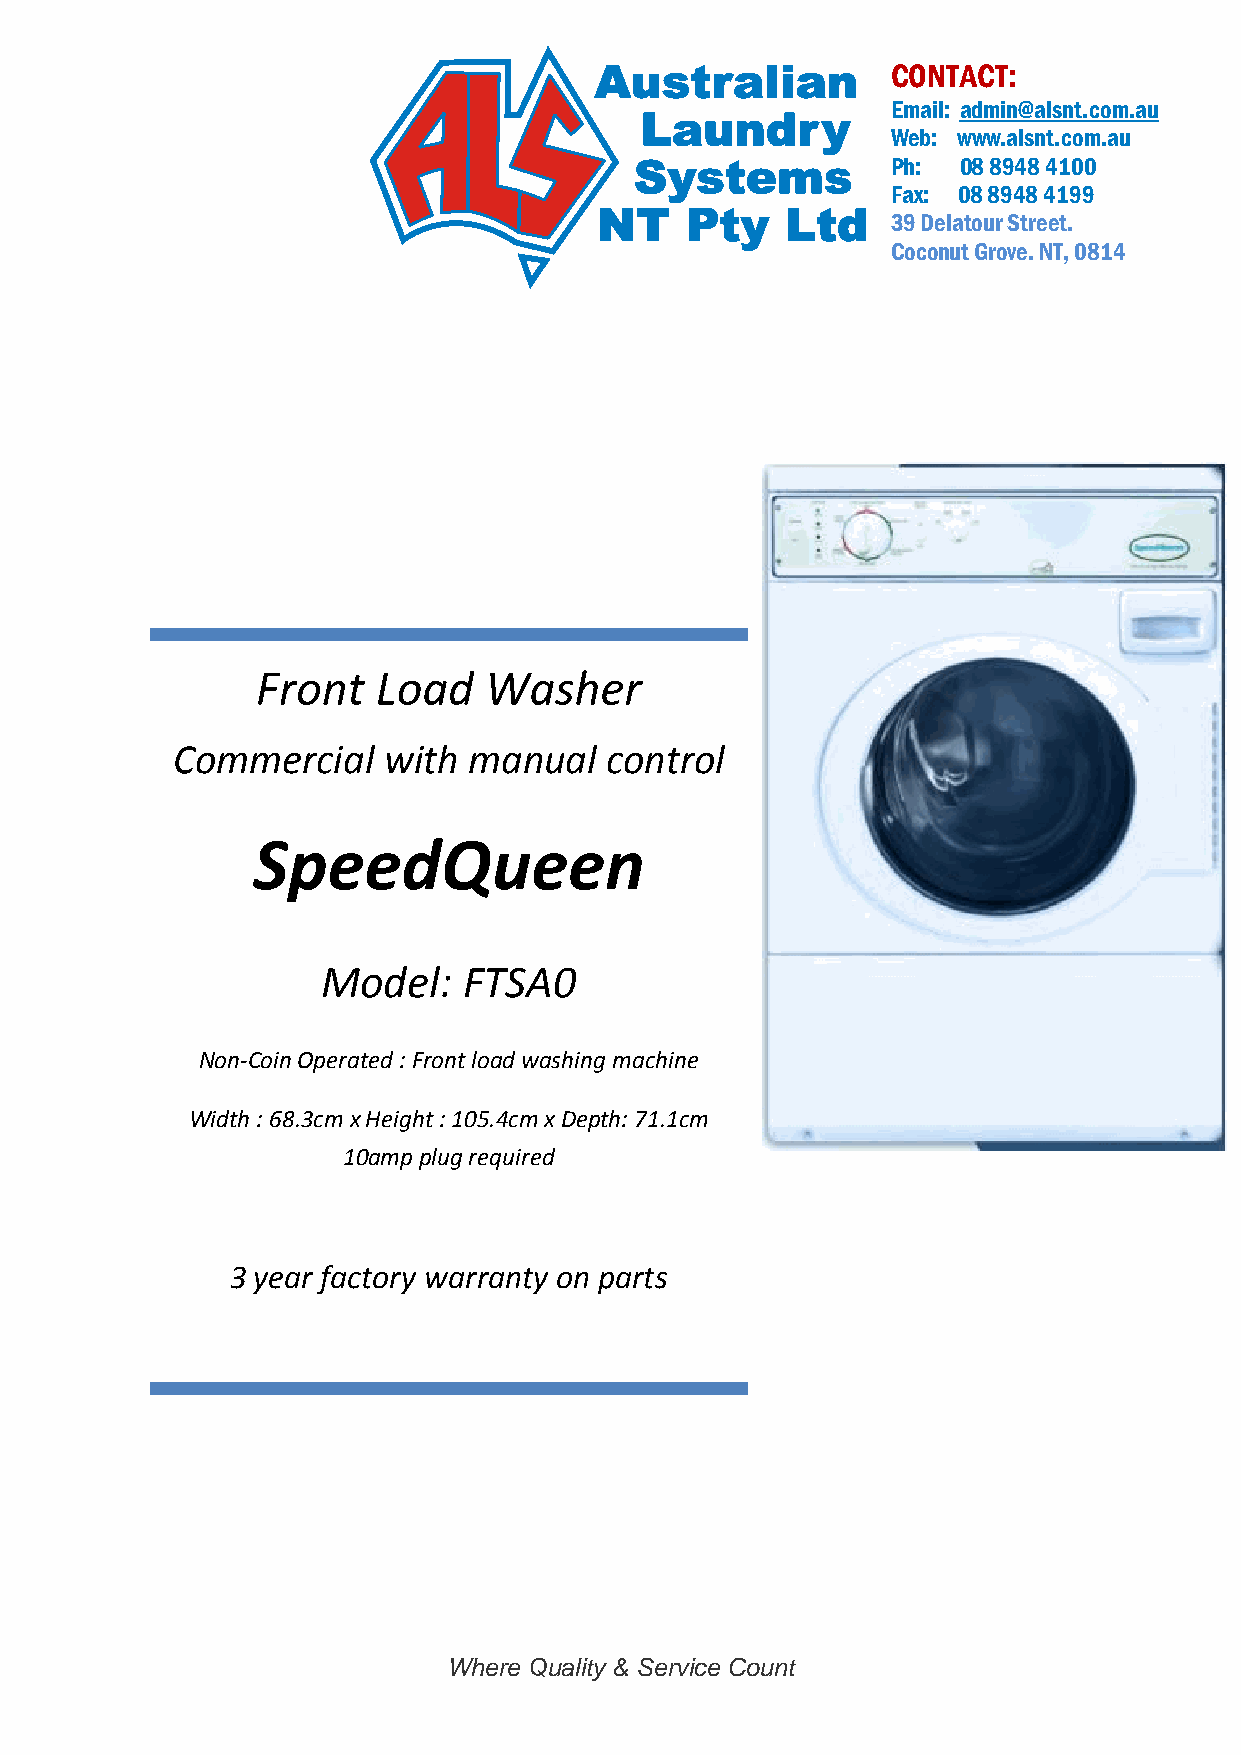
CONTACT:
 Email: admin@alsnt.com.au
 Web: www.alsnt.com.au
 Ph: 08 8948 4100
 Fax: 08 8948 4199
 39 Delatour Street.
 Coconut Grove. NT, 0814
 Front   Load   Washer
 Commercial    with  manual   control
 SpeedQueen
 Model:    FTSA0
 Non-Coin Operated : Front load washing machine
 Width : 68.3cm x Height : 105.4cm x Depth: 71.1cm
 10amp plug required
 3 year factory warranty on parts
 Where Quality & Service Count